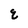
Character: q